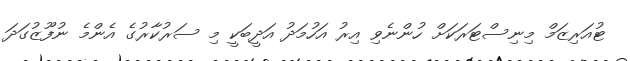
ޓުއަރިޒަމް މިނިސްޓަރަކަށް ހުންނެވި އިރު އަހުމަދު އަދީބަކީ މި ސަރުކާރުގެ އެންމެ ނުފޫޒުގަދަ